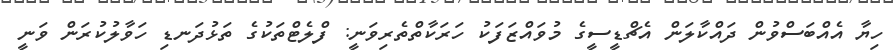
ހިޔާ އެއްބަސްވުން ދައްކާލަން އެޗްޑީސީގެ މުވައްޒަފަކު ހަރަކާތްތެރިވަނީ: ފްލެޓްތަކުގެ ތަޅުދަނޑި ހަވާލުކުރަން ވަނީ